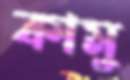
কামু